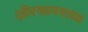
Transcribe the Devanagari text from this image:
क्षीरसागराचा